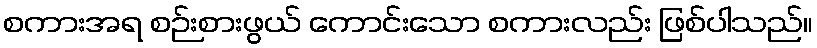
စကားအရ စဉ်းစားဖွယ် ကောင်းသော စကားလည်း ဖြစ်ပါသည်။